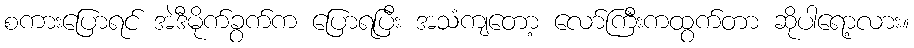
စကားပြောရင် အဲဒီမိုက်ခွက်က ပြောရပြီး အသံကျတော့ လော်ကြီးကထွက်တာ ဆိုပါရော့လား။